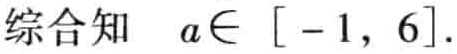
综合知 \(a\in [-1,6]\).